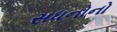
સધનોનો